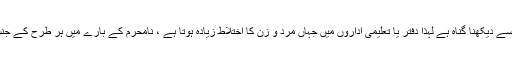
یاد رہے کہ نامحرم کو شہوت کی نگاہ سے دیکھنا گناہ ہے لہٰذا دفتر یا تعلیمی اداروں میں جہاں مرد و زن کا اختلاط زیادہ ہوتا ہے ، نامحرم کے بارے میں ہر طرح کے جنسی اشتہا کے تصور کو قابو کیا جائے ۔